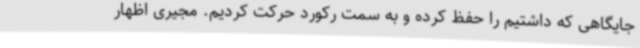
جایگاهی که داشتیم را حفظ کرده و به سمت رکورد حرکت کردیم. مجیری اظهار